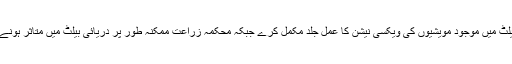
انہوں نے محکمہ لائیو سٹاک کو ہدایت کی کہ وہ دریائی بیلٹ میں موجود مویشیوں کی ویکسی نیشن کا عمل جلد مکمل کرے جبکہ محکمہ زراعت ممکنہ طور پر دریائی بیلٹ میں متاثر ہونے والے اجناس کا سروے کرتے ہوئے ریکارڈ مرتب کرے۔